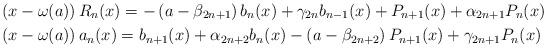
LaTeX: \begin{align*}& \left(x-\omega(a)\right) R_n(x)= -\left(a-\beta_{2n+1} \right) b_n(x)+\gamma_{2n}b_{n-1}(x)+P_{n+1}(x)+\alpha_{2n+1}P_{n}(x)\\& \left(x-\omega(a)\right) a_n(x) =b_{n+1}(x)+\alpha_{2n+2}b_n(x)-\left(a-\beta_{2n+2}\right)P_{n+1}(x)+\gamma_{2n+1}P_{n}(x)\end{align*}